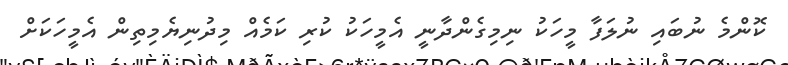
ކޮންމެ ނުބައި ނުލަފާ މީހަކު ނިމިގެންދާނީ އެމީހަކު ކުރި ކަމެއް މިދުނިޔެމިތިން އެމީހަކަށް